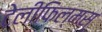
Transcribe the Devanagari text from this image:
टेलीफिल्मस्